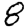
Digit: 8